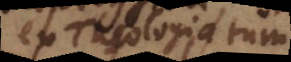
ex Theologia tum